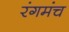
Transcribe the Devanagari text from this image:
रंगमंंच